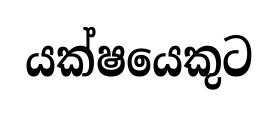
යක්ෂයෙකුට